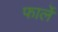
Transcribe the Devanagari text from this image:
फार्ले